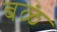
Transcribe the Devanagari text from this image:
बळं